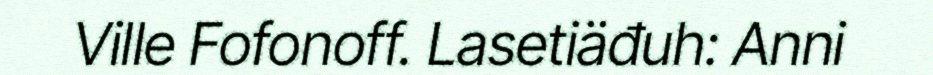
Ville Fofonoff. Lasetiäđuh: Anni